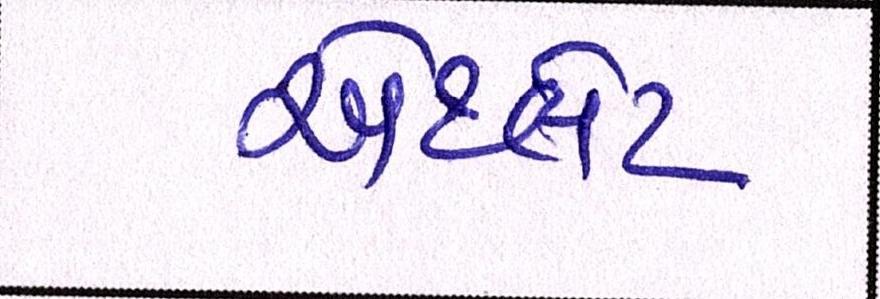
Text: એથ્લેટ